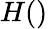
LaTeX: H()